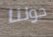
حولنا